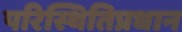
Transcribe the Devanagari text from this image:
परिस्थितिप्रधान